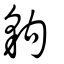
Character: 豿